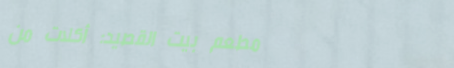
مطعم بيت القصيد: أكلات من